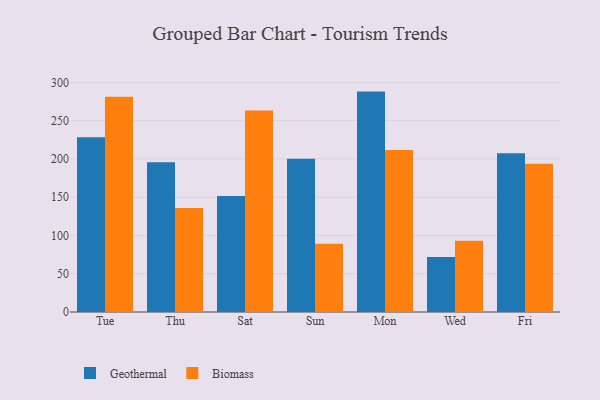
{"axis": {"x": "Day", "y": "Gross Profit (USD K)"}, "legend": ["Biomass", "Geothermal"], "data": [{"x": "Tue", "y": 228.2, "type": "Geothermal"}, {"x": "Tue", "y": 281.2, "type": "Biomass"}, {"x": "Thu", "y": 195.6, "type": "Geothermal"}, {"x": "Thu", "y": 135.8, "type": "Biomass"}, {"x": "Sat", "y": 151.4, "type": "Geothermal"}, {"x": "Sat", "y": 263.3, "type": "Biomass"}, {"x": "Sun", "y": 200.3, "type": "Geothermal"}, {"x": "Sun", "y": 89.1, "type": "Biomass"}, {"x": "Mon", "y": 287.9, "type": "Geothermal"}, {"x": "Mon", "y": 211.7, "type": "Biomass"}, {"x": "Wed", "y": 71.8, "type": "Geothermal"}, {"x": "Wed", "y": 93.2, "type": "Biomass"}, {"x": "Fri", "y": 207.5, "type": "Geothermal"}, {"x": "Fri", "y": 193.6, "type": "Biomass"}]}